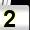
Digit: 2